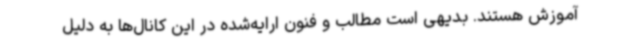
آموزش هستند. بدیهی است مطالب و فنون ارایه‌شده در این کانال‌ها به دلیل